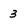
Character: 3